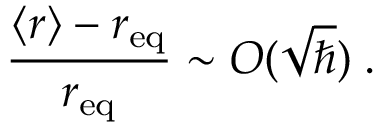
\frac { \langle r \rangle - r _ { \mathrm { e q } } } { r _ { \mathrm { e q } } } \sim O ( { \sqrt \hbar } ) \; .